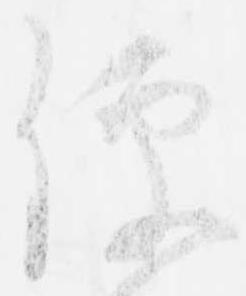
便